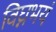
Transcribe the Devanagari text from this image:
विघ्नभयं